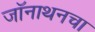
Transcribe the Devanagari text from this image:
जॉनाथनचा